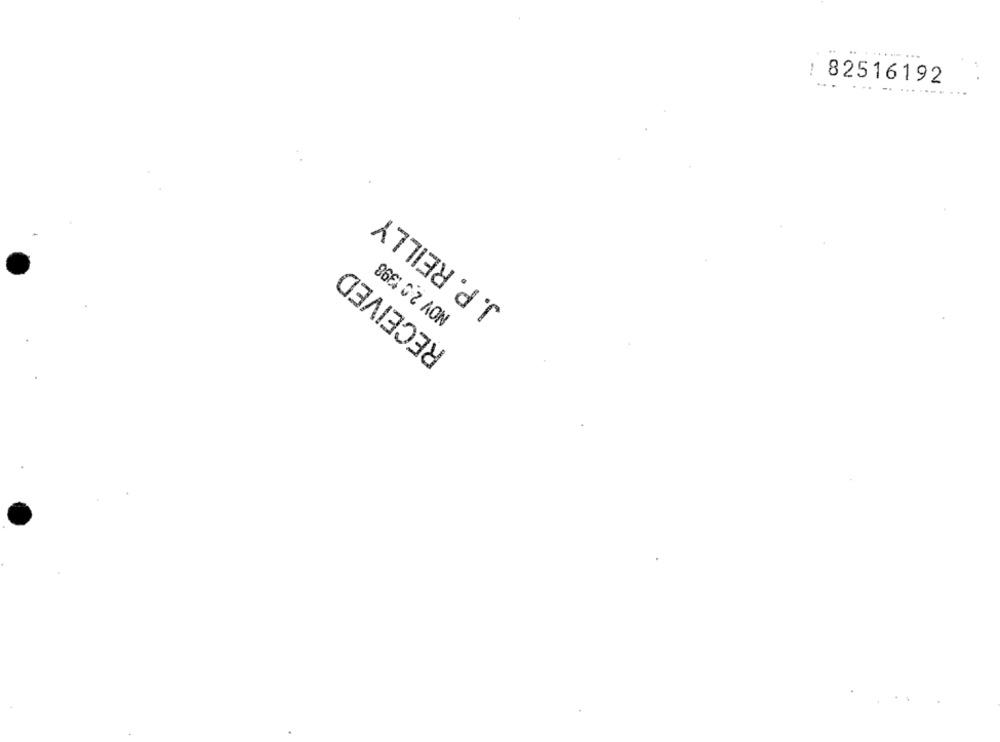
: 82516192
.. ... .. ....
J. P. REILLY
NOV 2 0 1398
RECEIVED